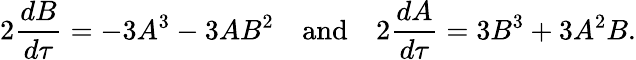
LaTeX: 2{\frac{dB}{d\tau}}=-3A^{3}-3AB^{2}\quad\mathrm{and}\quad 2{\frac{dA}{d\tau}}=3B^{3}+3A^{2}B.